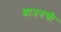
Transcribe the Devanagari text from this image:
ब्राउनची